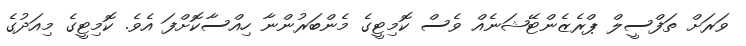
ވަރަށް ތަފްސީލް ޕްރެޒެންޓޭޝަނެއް ވެސް ކޮމިޓީގެ މެންބަރުންނާ ހިއްސާކޮށްފަ އެވެ. ކޮމިޓީގެ މިއަދުގެ